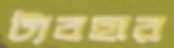
ট্যবহার